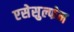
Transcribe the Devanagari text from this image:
एसेसुल्फेम